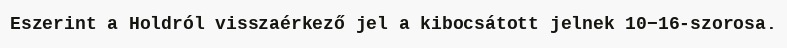
Eszerint a Holdról visszaérkező jel a kibocsátott jelnek 10−16-szorosa.